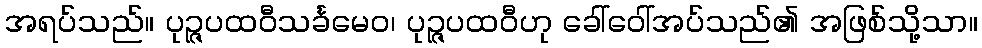
အရပ်သည်။ ပုဉ္ဇပထဝီသင်္ခမေဝ၊ ပုဉ္ဇပထဝီဟု ခေါ်ဝေါ်အပ်သည်၏ အဖြစ်သို့သာ။